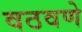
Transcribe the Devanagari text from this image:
वठवणे